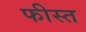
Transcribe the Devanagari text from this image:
फीस्त